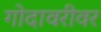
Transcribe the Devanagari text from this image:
गोदावरीवर